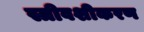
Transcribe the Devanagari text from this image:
स्त्रीवशीकरण